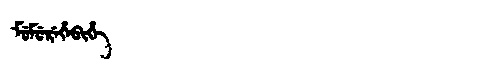
Manchu: ᠮᡠᠮᡠᡵᡝᡥᡝᠪᡳᡥᡝ
Romanization: MUMUREHEBIHE